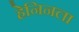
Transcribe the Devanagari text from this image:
हेनिनला